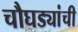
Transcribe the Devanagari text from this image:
चौघड्यांची